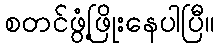
စတင်ဖွံ့ဖြိုးနေပါပြီ။